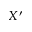
X ^ { \prime }